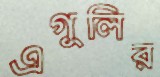
এগুলির